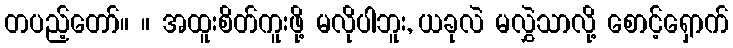
တပည့်တော်။ ။ အထူးစိတ်ကူးဖို့ မလိုပါဘူး, ယခုလဲ မလွှဲသာလို့ စောင့်ရှောက်